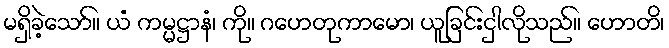
မရှိခဲ့သော်။ ယံ ကမ္မဋ္ဌာနံ၊ ကို။ ဂဟေတုကာမော၊ ယူခြင်းငှါလိုသည်။ ဟောတိ၊